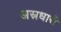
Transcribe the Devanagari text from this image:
अस्रधारी